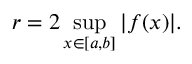
r = 2 \operatorname* { s u p } _ { x \in [ a , b ] } | f ( x ) | .